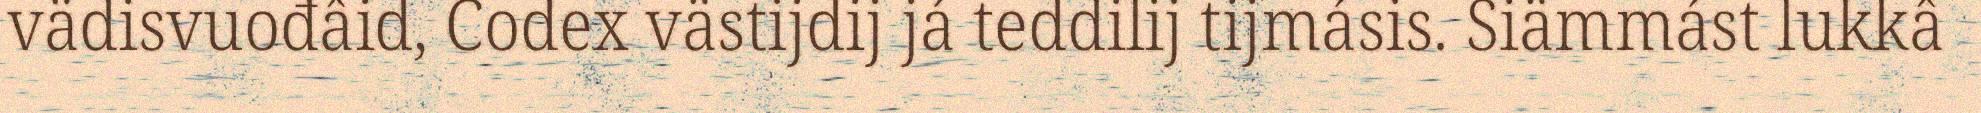
vädisvuođâid, Codex västijdij já teddilij tijmásis. Siämmást lukkâ